Indian journal of veterinary science and animal husbandry - Volume 10,
Year: 1940
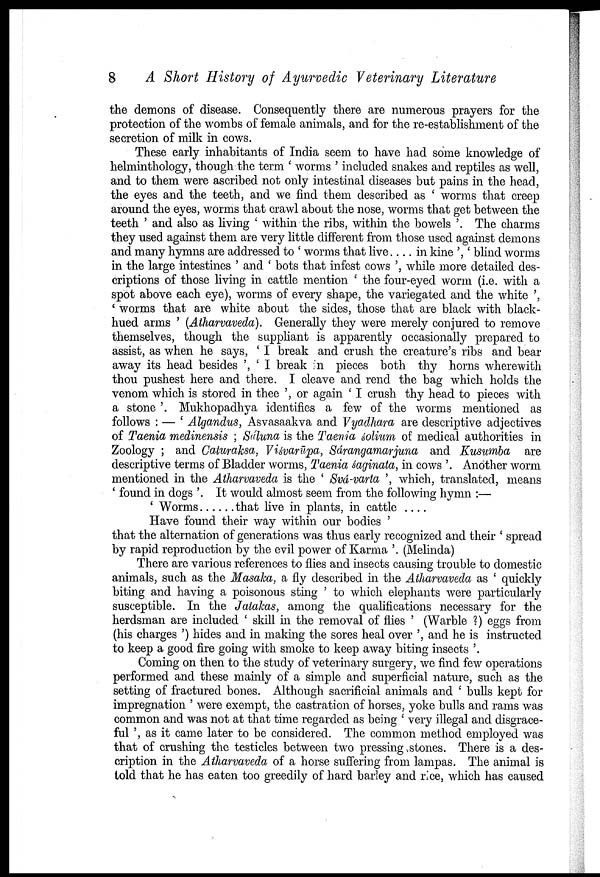
8
A Short History of Ayurvedic Veterinary Literature
the demons of disease. Consequently there are numerous prayers for the
protection of the wombs of female animals, and for the re-establishment of the
secretion of milk in cows.
These early inhabitants of India seem to have had some knowledge of
helminthology, though the term ' worms ' included snakes and reptiles as well,
and to them were ascribed not only intestinal diseases but pains in the head,
the eyes and the teeth, and we find them described as ' worms that creep
around the eyes, worms that crawl about the nose, worms that get between the
teeth ' and also as living ' within the ribs, within the bowels '. The charms
they used against them are very little different from those used against demons
and many hymns are addressed to ' worms that live. . . . in kine ', ' blind worms
in the large intestines ' and ' bots that infest cows ', while more detailed des
criptions of those living in cattle mention ' the four-eyed worm (i.e. with a
spot above each eye), worms of every shape, the variegated and the white ',
' worms that are white about the sides, those that are black with black¬
hued arms ' (Atharvaveda). Generally they were merely conjured to remove
themselves, though the suppliant is apparently occasionally prepared to
assist, as when he says, ' I break and crush the creature's ribs and bear
away its head besides ', ' I break in pieces both thy horns wherewith
thou pushest here and there. I cleave and rend the bag which holds the
venom which is stored in thee ', or again ' I crush thy head to pieces with
a stone '. Mukhopadhya identifies a few of the worms mentioned as
follows : — ' Algandus, Asvasaakva and Vyadhara are descriptive adjectives
of Taenia medinensis ; Sáluna is the Taenia śolium of medical authorities in
Zoology ; and Caturaksa, Viśvarūpa, Sárangamarjuna and Kusumba are
descriptive terms of Bladder worms, Taenia śaginata, in cows '. Another worm
mentioned in the Atharvaveda is the ' Svá-varta ', which, translated, means
' found in dogs '. It would almost seem from the following hymn :—
' Worms . . . . . . that live in plants, in cattle . . . .
Have found their way within our bodies '
that the alternation of generations was thus early recognized and their ' spread
by rapid reproduction by the evil power of Karma '. (Melinda)
There are various references to flies and insects causing trouble to domestic
animals, such as the Masaka, a fly described in the Atharvaveda as ' quickly
biting and having a poisonous sting ' to which elephants were particularly
susceptible. In the Jatakas, among the qualifications necessary for the
herdsman are included ' skill in the removal of flies ' (Warble ?) eggs from
(his charges ') hides and in making the sores heal over ', and he is instructed
to keep a good fire going with smoke to keep away biting insects '.
Coming on then to the study of veterinary surgery, we find few operations
performed and these mainly of a simple and superficial nature, such as the
setting of fractured bones. Although sacrificial animals and ' bulls kept for
impregnation ' were exempt, the castration of horses, yoke bulls and rams was
common and was not at that time regarded as being ' very illegal and disgrace
ful ', as it came later to be considered. The common method employed was
that of crushing the testicles between two pressing stones. There is a des
cription in the Atharvaveda of a horse suffering from lampas. The animal is
told that he has eaten too greedily of hard barley and rice, which has caused